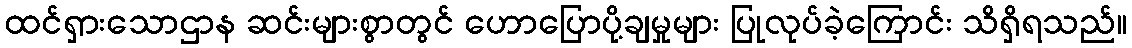
ထင်ရှားသောဌာန ဆင်းများစွာတွင် ဟောပြောပို့ချမှုများ ပြုလုပ်ခဲ့ကြောင်း သိရှိရသည်။